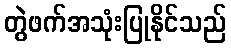
တွဲဖက်အသုံးပြုနိုင်သည်